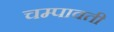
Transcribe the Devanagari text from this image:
चम्पावती